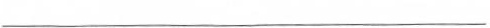
___